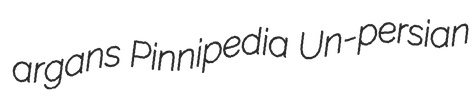
argans Pinnipedia Un-persian